Language: tamil
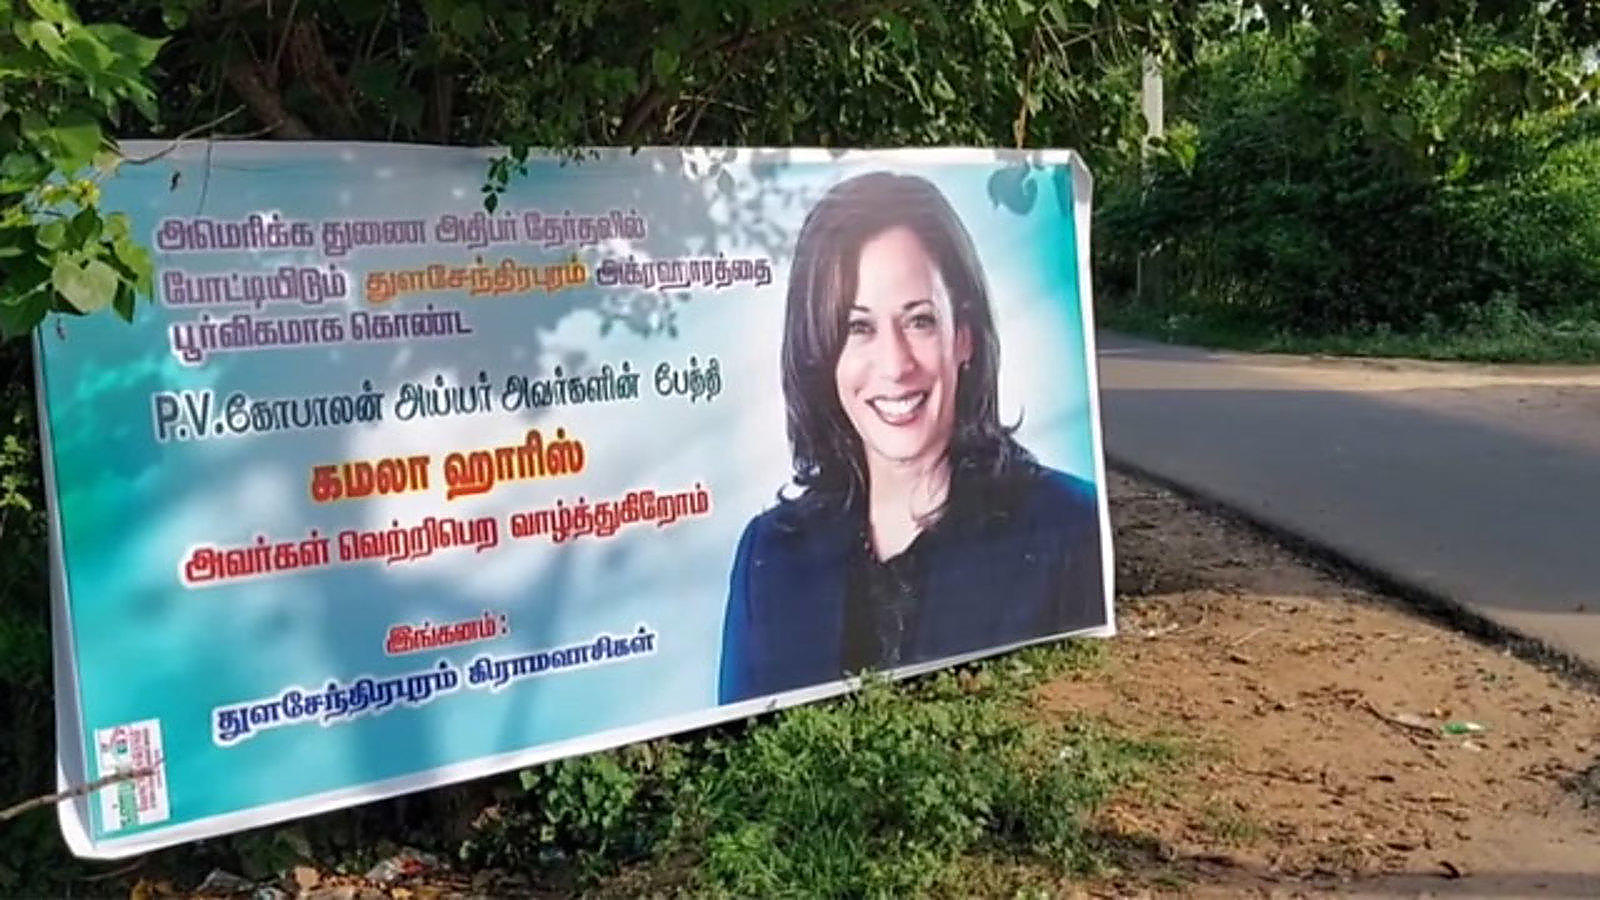
Transcription: அமெரிக்க அதிபா் தோ்தலில் போட்டியிடும் பூர்விகமாக கொண்ட கோபாலன் அய்யா் பேத்தி கமலா ஹாரிஸ் அவா்கள் வெற்றிபெற வாழ்த்துகிறோம் இங்கனம் துளசேந்திரபுரம் துணை கிராமவாசிகள் அவா்களின் துளசேந்திரபுரம்